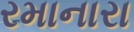
રમાનારા